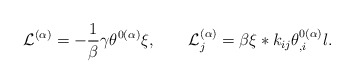
\begin{align*}{\cal L}^{(\alpha)}=-\frac{1}{\beta}\gamma\theta^{0(\alpha)}\xi,\qquad{\cal L}_{j}^{(\alpha)}=\beta\xi*k_{ij}\theta_{,i}^{0(\alpha)}l.\end{align*}